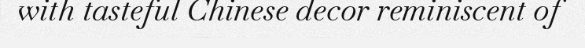
with tasteful Chinese decor reminiscent of